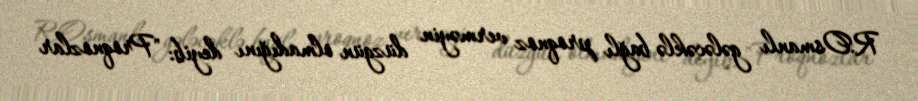
R.Osmanlı gələcəklə bağlı proqnoz verməyin düzgün olmadığını deyib: "Proqnozlar